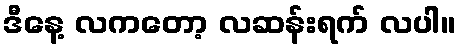
ဒီနေ့ လကတော့ လဆန်းရက် လပါ။